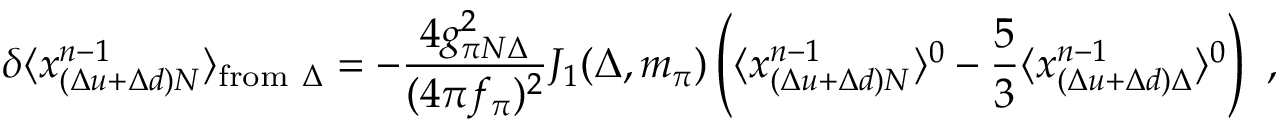
\delta \langle x _ { ( \Delta u + \Delta d ) N } ^ { n - 1 } \rangle _ { \mathrm { f r o m } ~ \Delta } = - { \frac { 4 g _ { \pi N \Delta } ^ { 2 } } { ( 4 \pi f _ { \pi } ) ^ { 2 } } } J _ { 1 } ( \Delta , m _ { \pi } ) \left( \langle x _ { ( \Delta u + \Delta d ) N } ^ { n - 1 } \rangle ^ { 0 } - { \frac { 5 } { 3 } } \langle x _ { ( \Delta u + \Delta d ) \Delta } ^ { n - 1 } \rangle ^ { 0 } \right) \ ,